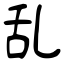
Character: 乱